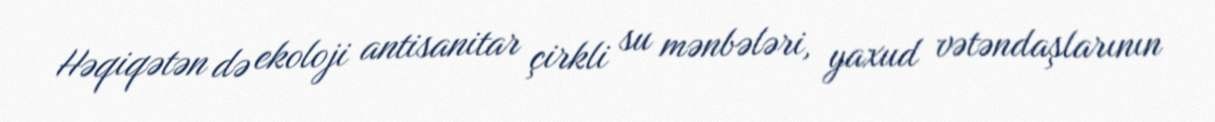
Həqiqətən də ekoloji antisanitar çirkli su mənbələri, yaxud vətəndaşlarının